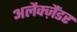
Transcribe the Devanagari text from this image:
अलैक्‍ज़ैंडर